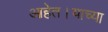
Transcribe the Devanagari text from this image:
आहेत।याच्या